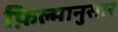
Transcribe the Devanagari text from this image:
फ़िल्मानुसार